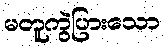
မတူကွဲပြားသော